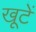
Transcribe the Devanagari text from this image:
खूटें